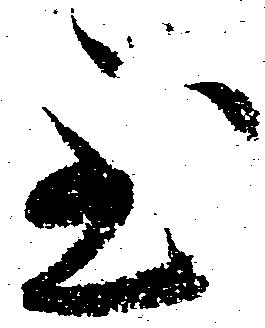
至